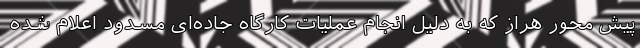
پیش محور هراز که به دلیل انجام عملیات کارگاه جاده‌ای مسدود اعلام شده